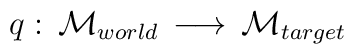
q: \, {\cal M}_{world} \, \longrightarrow \, {\cal M}_{target}